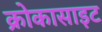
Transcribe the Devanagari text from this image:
क्रोकासाइट